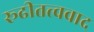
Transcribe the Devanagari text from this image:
रूढीतत्त्ववाद